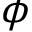
\phi